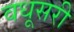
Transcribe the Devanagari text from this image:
वधूसरी